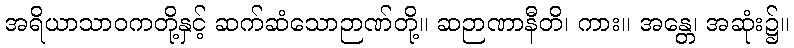
အရိယာသာဝကတို့နှင့် ဆက်ဆံသောဉာဏ်တို့။ ဆဉာဏာနီတိ၊ ကား။ အန္တေ၊ အဆုံး၌။